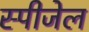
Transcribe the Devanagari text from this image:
स्पीजेल